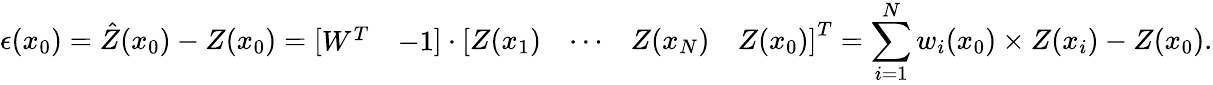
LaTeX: \epsilon(x_{0})={\hat{Z}}(x_{0})-Z(x_{0})={\left[\begin{array}{ll}{W^{T}}&{-1}\end{array}\right]}\cdot{\left[\begin{array}{llll}{Z(x_{1})}&{\cdots}&{Z(x_{N})}&{Z(x_{0})}\end{array}\right]}^{T}=\sum_{i=1}^{N}w_{i}(x_{0})\times Z(x_{i})-Z(x_{0}).